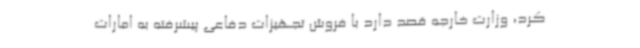
کرد، وزارت خارجه قصد دارد با فروش تجهیزات دفاعی پیشرفته به امارات